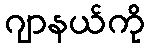
ဂျာနယ်ကို